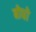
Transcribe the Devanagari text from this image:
बोधो